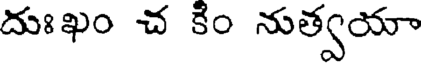
దుఃఖం చ కిం నుత్వయా